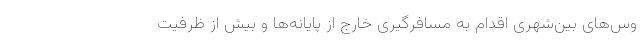
وس‌های بین‌شهری اقدام به مسافرگیری خارج از پایانه‌ها و بیش از ظرفیت